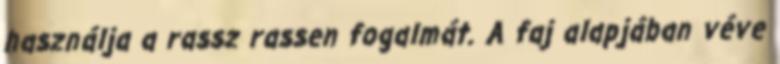
használja a rassz rassen fogalmát. A faj alapjában véve